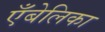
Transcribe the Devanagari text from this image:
एँबेलिका